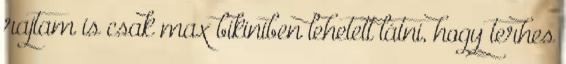
rajtam is csak max bikiniben lehetett látni, hogy terhes